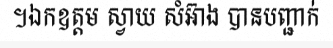
។ឯកឧត្តម ស្វាយ សំអ៊ាង បានបញ្ជាក់